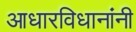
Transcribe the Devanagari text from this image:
आधारविधानांनी